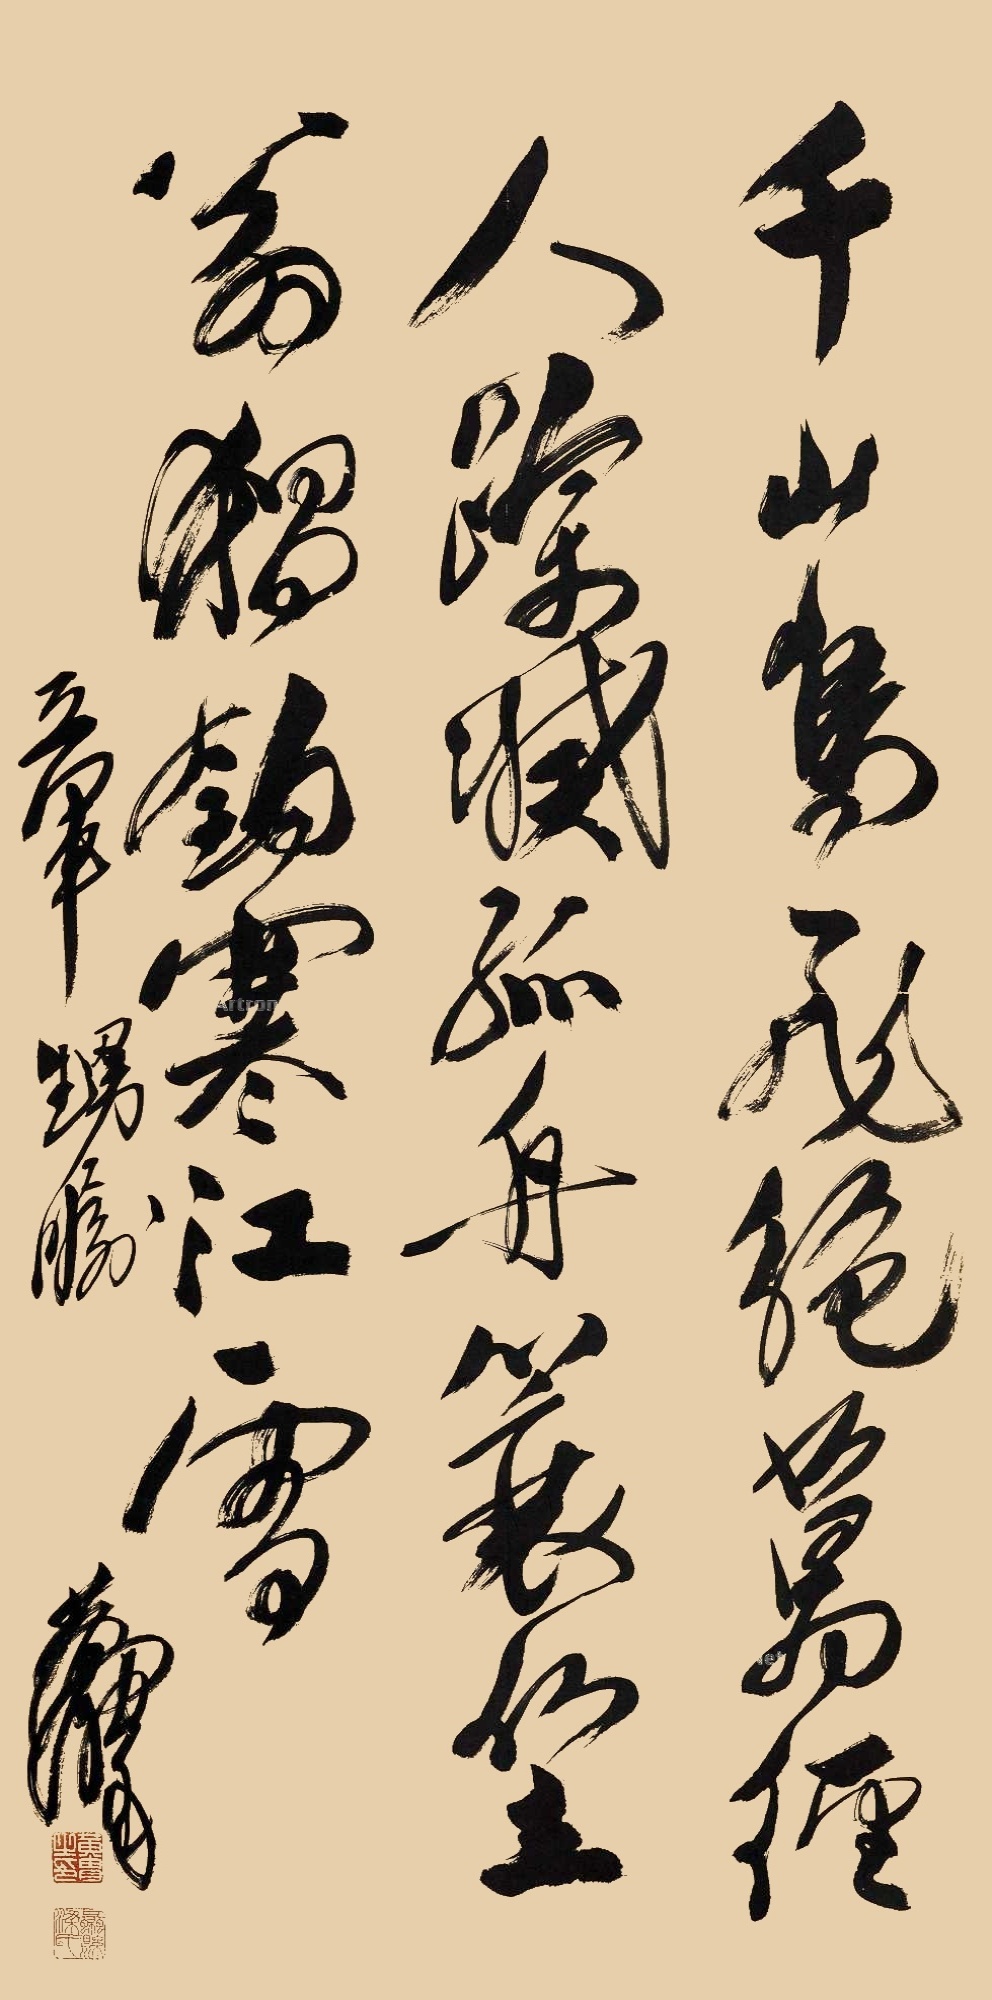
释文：千山鸟飞绝，万径人踪灭。孤舟蓑笠翁，独钓寒江雪。黄胄。